Lunatic asylums in Bengal annual reports 1899-1911 - 1899-1911
Year: 1899
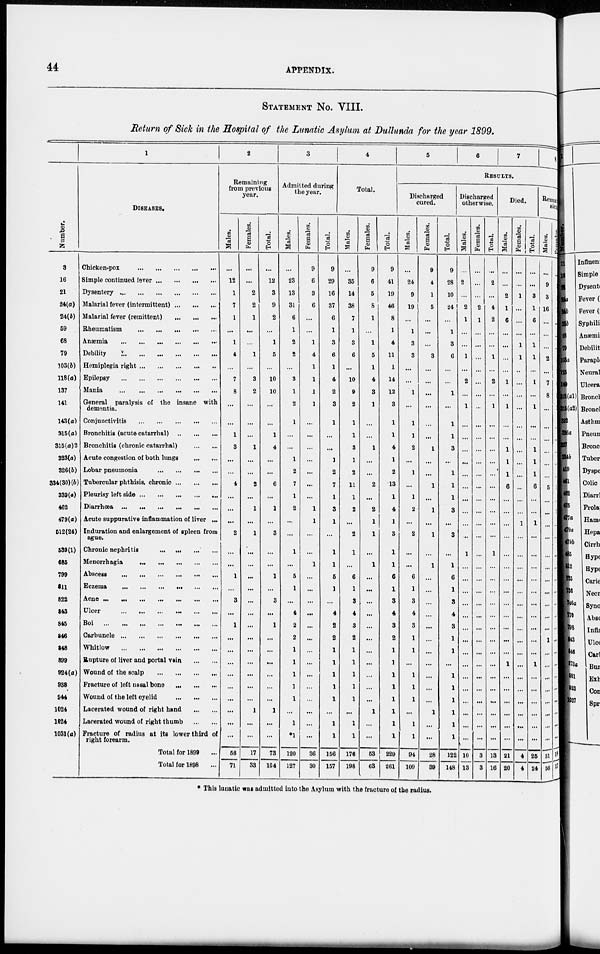
44
APPENDIX.
STATEMENT NO. VIII.
Return of Sick in the Hospital of the Lunatic Asylum at Dullunda for the year 1899.
Number.
3
16
21
24(a)
24(b)
59
68
79
103(b)
118(a)
137
141
143(a)
315(a)
315(a)2
323(a)
326(b)
334(30) (b)
339(a)
462
479(a)
512(24)
539(1)
685
799
811
822
843
845
846
848
899
924(a)
938
944
1024
1024
1031(a)
1
DISEASES.
Chicken-pox
...
...
...
...
...
Simple continued fever ... ... ... ... ...
Dysentery ... ... ... ... ... ...
Malarial fever (intermittent) ... ... ...
Malarial fever (remittent)
...
...
...
Rheumatism
...
...
...
...
...
Anæmia
...
...
...
...
...
Debility
...
...
...
...
...
Hemiplegia right
...
...
...
...
...
Epilepsy
...
...
...
...
...
Mania
...
...
...
...
...
General paralysis of the insane with
dementia.
Conjunctivitis
...
...
...
...
...
Bronchitis (acute catarrhal
...
...
...
Bronchitis (chronic catarrhal)
...
...
Acute congestion of both lungs
...
...
Lobar pneumonia
...
...
...
...
Tubercular phthisis, chronic ... ... ...
Pleurisy left side ... ... ... ... ... ...
Diarrhœa
...
...
...
...
...
...
Acute suppurative inflammation of liver ...
Induration and enlargement of spleen from
ague.
Chronic nephritis
...
...
...
...
Menorrhagia
...
...
...
...
...
...
Abscess
...
...
...
...
...
...
Eczema
...
...
...
...
...
...
Acne
...
...
...
...
...
...
...
Ulcer ... ... ... ... ... ...
Boi
...
...
...
...
...
...
...
Carbuncle ... ... ... ... ... ... ...
Whitlow ... ... ... ... ... ... ...
Rupture of liver and portal voin
...
...
Wound of the scalp ... ... ... ...
Fracture of left nasal bone
...
...
...
Wound of the left eyelid
...
...
...
Lacerated wound of right hand
...
...
Lacerated wound of right thumb
...
...
Fracture of radius at its lower third of
right forearm.
Total for 1899 ...
Total for 1898 ...
2
Remaining
from previous
year.
Males.
...
12
1
7
1
...
1
4
...
7
8
...
...
1
3
...
...
4
...
...
...
2
...
...
1
3
...
1
...
...
...
...
...
...
...
...
...
56
71
Females.
...
...
2
2
1
...
...
1
...
3
2
...
...
...
1
...
...
2
...
1
...
1
...
...
...
...
...
...
...
...
...
...
...
...
...
1
...
...
17
33
Total.
...
12
3
9
2
...
1
5
...
10
10
...
...
1
4
...
...
6
...
1
...
3
...
...
1
...
3
...
1
...
...
...
...
...
...
1
...
...
73
104
3
Admitted during
the year.
Males.
...
23
13
31
6
1
2
2
...
3
1
2
1
...
...
1
2
7
1
2
...
...
1
...
5
1
...
4
2
2
1
1
1
1
1
...
1
*1
120
127
Females.
9
6
3
6
...
...
1
4
1
1
1
1
...
...
...
...
...
...
...
1
1
...
...
1
...
...
...
...
...
...
...
...
...
...
...
...
...
...
36
30
Total.
9
29
16
37
6
1
3
6
1
4
2
3
1
...
...
1
2
7
1
3
1
...
1
1
5
1
...
4
2
2
1
1
1
1
1
...
1
1
156
157
4
Total.
Males.
35
14
38
7
1
3
6
...
10
9
2
1
1
3
1
2
11
1
2
...
2
1
...
6
1
3
4
3
2
1
1
1
1
1
...
1
1
176
198
Females.
9
6
5
8
1
...
1
5
1
4
3
1
...
...
1
...
...
2
...
2
1
1
...
1
...
...
...
...
...
...
...
...
...
...
...
1
...
...
53
63
Total.
9
41
19
46
8
1
4
11
1
14
12
3
1
1
4
1
2
13
1
4
1
3
1
1
6
1
3
4
3
2
1
1
1
1
1
1
1
1
229
261
5
6
7
8
RESULTS.
Discharged
cured.
Males.
...
24
9
19
...
1
3
3
...
...
1
...
1
1
2
...
1
...
1
2
...
2
...
...
6
1
3
4
3
1
1
...
1
1
1
...
1
1
94
109
Females.
9
4
1
5
...
...
...
3
...
...
...
...
...
...
1
...
...
1
...
1
...
1
...
1
...
...
...
...
...
...
...
...
...
...
...
1
...
...
28
39
Total.
9
28
10
24
...
1
3
6
...
...
1
...
1
1
3
...
1
1
1
3
...
3
...
1
6
1
3
4
3
1
1
...
1
1
1
1
1
1
122
148
Discharged
otherwise.
Males.
. . .
2
...
2
1
...
...
1
...
2
...
1
...
...
...
...
...
...
...
...
...
...
1
...
...
...
...
...
...
...
...
...
...
...
...
...
...
...
10
13
Females.
...
...
...
2
1
...
...
...
...
...
...
...
...
...
...
...
...
...
...
...
...
...
...
...
...
...
...
...
...
...
...
...
...
...
...
...
...
...
3
3
Total.
...
2
...
4
2
...
...
1
...
2
...
1
...
...
...
...
...
...
...
...
...
...
1
...
...
...
...
...
...
...
...
...
...
...
...
...
...
...
13
16
Died.
Males.
...
...
2
1
6
...
...
...
...
1
...
1
...
...
1
1
1
6
...
...
...
...
...
...
...
...
...
...
...
...
...
1
...
...
...
...
...
...
21
20
Females.
...
...
1
...
...
...
1
1
...
...
...
...
...
...
...
...
...
...
...
...
1
...
...
...
...
...
...
...
...
...
...
...
...
...
...
...
...
...
4
4
Total.
...
...
3
1
6
...
1
1
...
1
...
1
...
...
1
1
1
6
...
...
1
...
...
...
...
...
...
...
...
...
...
1
...
...
...
...
...
...
25
24
Remaining
sick.
Males.
...
9
3
16
...
...
...
2
...
7
8
...
...
...
...
...
...
5
...
...
...
...
...
...
...
...
...
...
...
1
...
...
...
...
...
...
...
...
51
56
Females.
...
...
...
...
...
...
...
...
...
1
...
...
...
...
...
...
...
1
...
1
...
...
...
...
...
...
...
...
...
...
...
...
...
...
...
...
...
...
18
17
* This lunatic was admitted into the Asylum with the fracture of the radius.